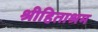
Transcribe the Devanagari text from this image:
श्रीहिताश्रम